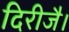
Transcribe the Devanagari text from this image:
दिरीजै।